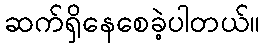
ဆက်ရှိနေစေခဲ့ပါတယ်။